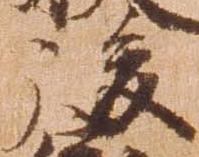
後